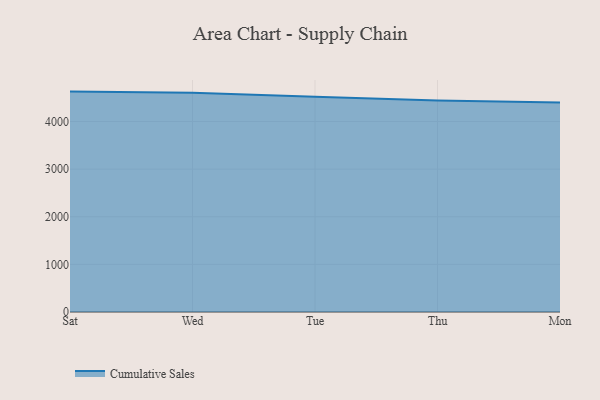
{"axis": {"x": "Day", "y": "Backlog"}, "legend": ["Cumulative Sales"], "data": [{"x": "Sat", "y": 4628.3, "type": "Cumulative Sales"}, {"x": "Wed", "y": 4604.4, "type": "Cumulative Sales"}, {"x": "Tue", "y": 4522.2, "type": "Cumulative Sales"}, {"x": "Thu", "y": 4439.4, "type": "Cumulative Sales"}, {"x": "Mon", "y": 4397.9, "type": "Cumulative Sales"}]}